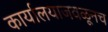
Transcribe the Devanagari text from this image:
कार्यालयाजवळूनच